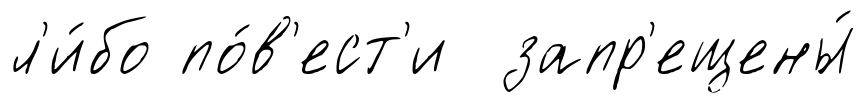
л'и́бо по́в'ест'и запр'ещены́